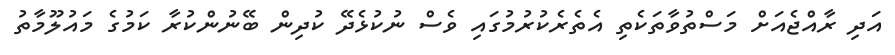
އަދި ރާއްޖެއަށް މަސްތުވާތަކެތި އެތެރެކުރުމުގައި ވެސް ނުކުޅެދޭ ކުދިން ބޭނުންކުރާ ކަމުގެ މައުލޫމާތު